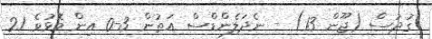
ގުދުސް (ޖޫން 13) - ނެދަލެންޑްސް އަތުން 3-0 އިން މޮޅުވެ 21